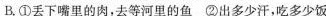
B.①丢下嘴里的肉，去等河里的鱼 ②出多少汗，吃多少饭